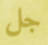
جل